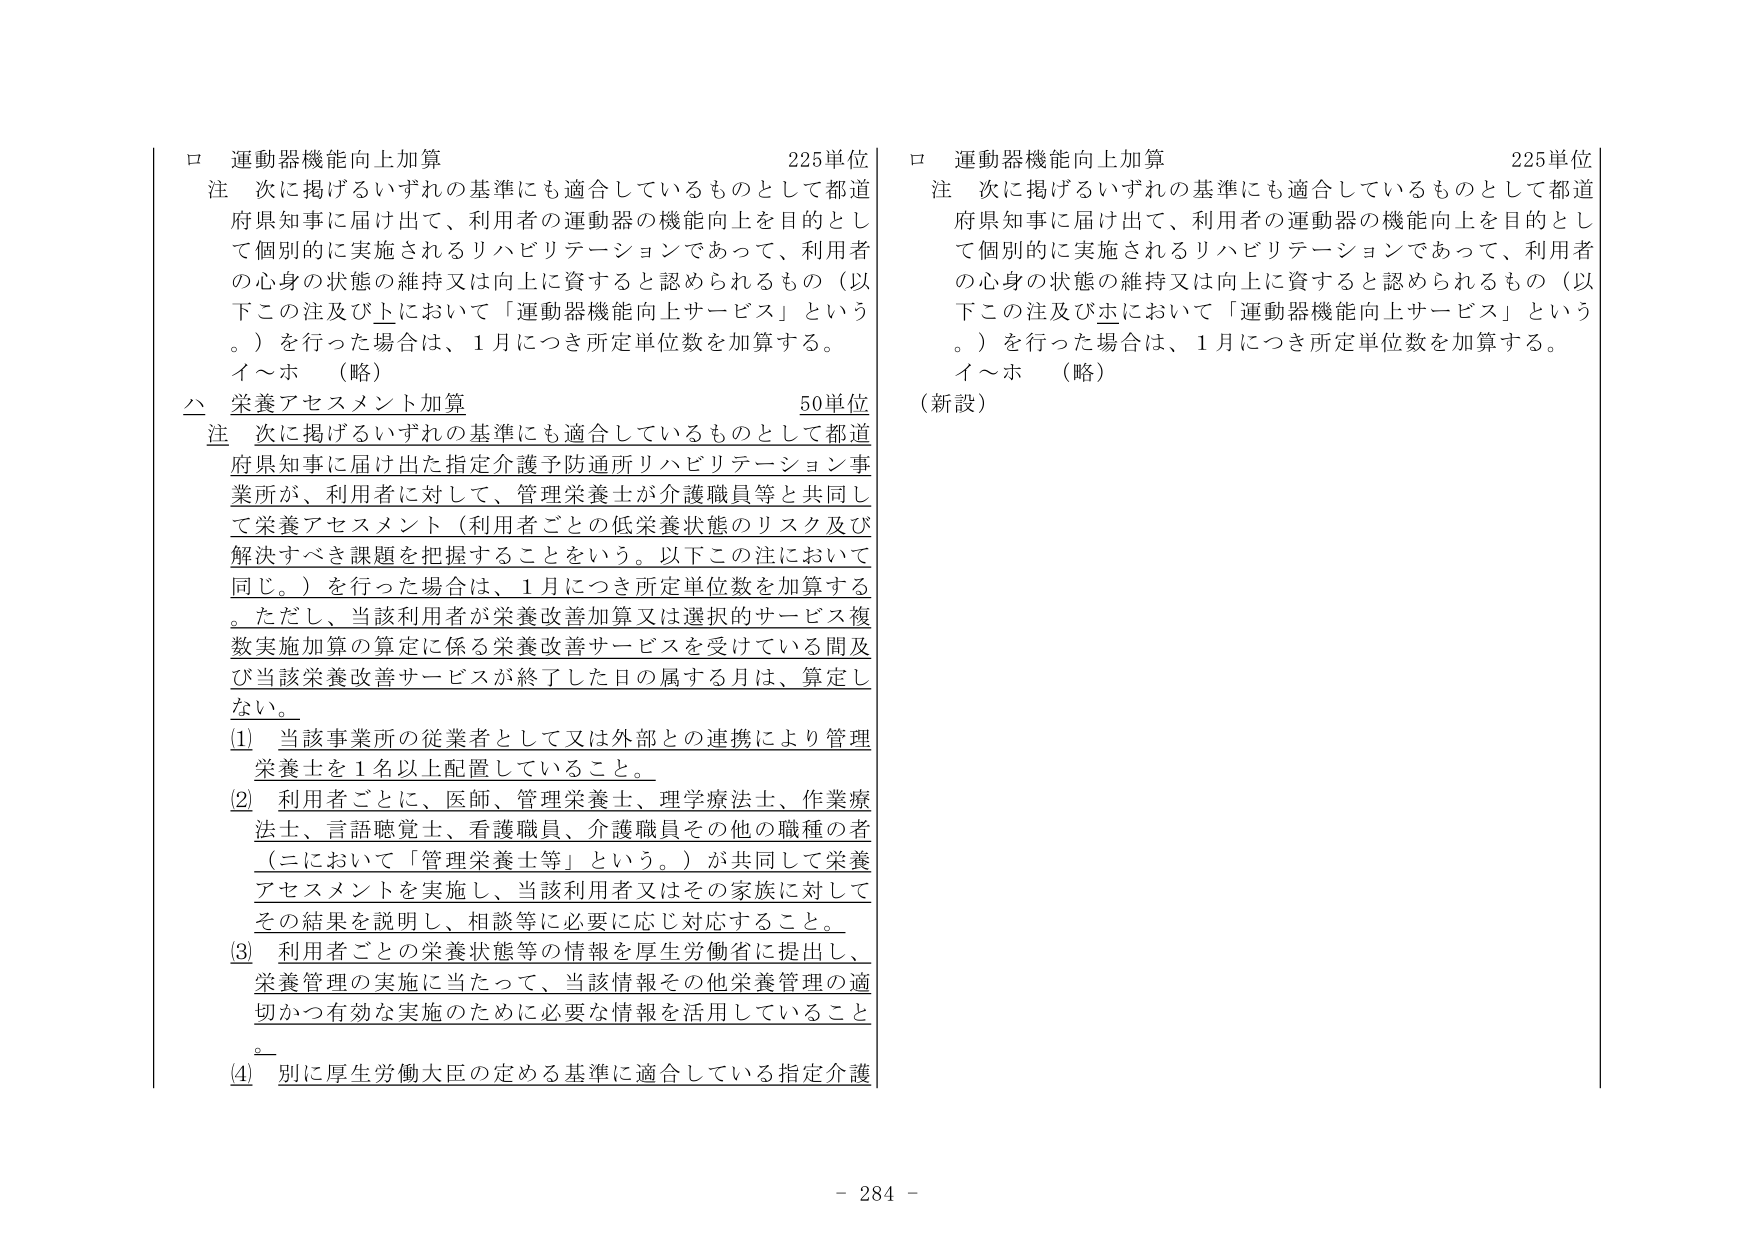
ロ 運動器機能向上加算 225単位
注 次に掲げるいずれの基準にも適合しているものとして都道府県知事に届け出て、利用者の運動器の機能向上を目的として個別的に実施されるリハビリテーションであって、利用者の心身の状態の維持又は向上に資すると認められるもの（以下この注及びホにおいて「運動器機能向上サービス」という。）を行った場合は、1月につき所定単位数を加算する。
イ～ホ （略）

△ 栄養アセスメント加算 50単位
注 次に掲げるいずれの基準にも適合しているものとして都道府県知事に届け出た指定介護予防通所リハビリテーション事業所が、利用者に対して、管理栄養士が介護職員等と共同して栄養アセスメント（利用者ごとの低栄養状態のリスク及び解決すべき課題を把握することをいう。以下この注において同じ。）を行った場合は、1月につき所定単位数を加算する。ただし、当該利用者が栄養改善加算又は選択的サービス複数実施加算の算定に係る栄養改善サービスを受けている間及び当該栄養改善サービスが終了した日の属する月は、算定しない。
(1) 当該事業所の従業者として又は外部との連携により管理栄養士を1名以上配置していること。
(2) 利用者ごとに、医師、管理栄養士、理学療法士、作業療法士、言語聴覚士、看護職員、介護職員その他の職種の者（ニにおいて「管理栄養士等」という。）が共同して栄養アセスメントを実施し、当該利用者又はその家族に対してその結果を説明し、相談等に必要に応じ対応すること。
(3) 利用者ごとの栄養状態等の情報を厚生労働省に提出し、栄養管理の実施に当たって、当該情報その他栄養管理の適切かつ有効な実施のために必要な情報を活用していること。
(4) 別に厚生労働大臣の定める基準に適合している指定介護

ロ 運動器機能向上加算 225単位
注 次に掲げるいずれの基準にも適合しているものとして都道府県知事に届け出て、利用者の運動器の機能向上を目的として個別的に実施されるリハビリテーションであって、利用者の心身の状態の維持又は向上に資すると認められるもの（以下この注及びホにおいて「運動器機能向上サービス」という。）を行った場合は、1月につき所定単位数を加算する。
イ～ホ （略）
（新設）

- 284 -